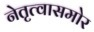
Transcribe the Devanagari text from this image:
नेतृत्वासमोर